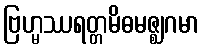
ဗြဟ္မဿရတ္တမိဓမဇ္ဈဂမာ